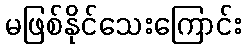
မဖြစ်နိုင်သေးကြောင်း